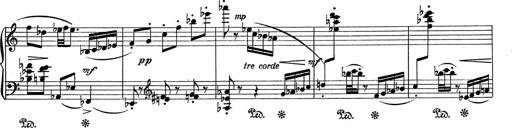
Title: 3Ã¨me Sonatine
Composer: Raffaele d' Alessandro